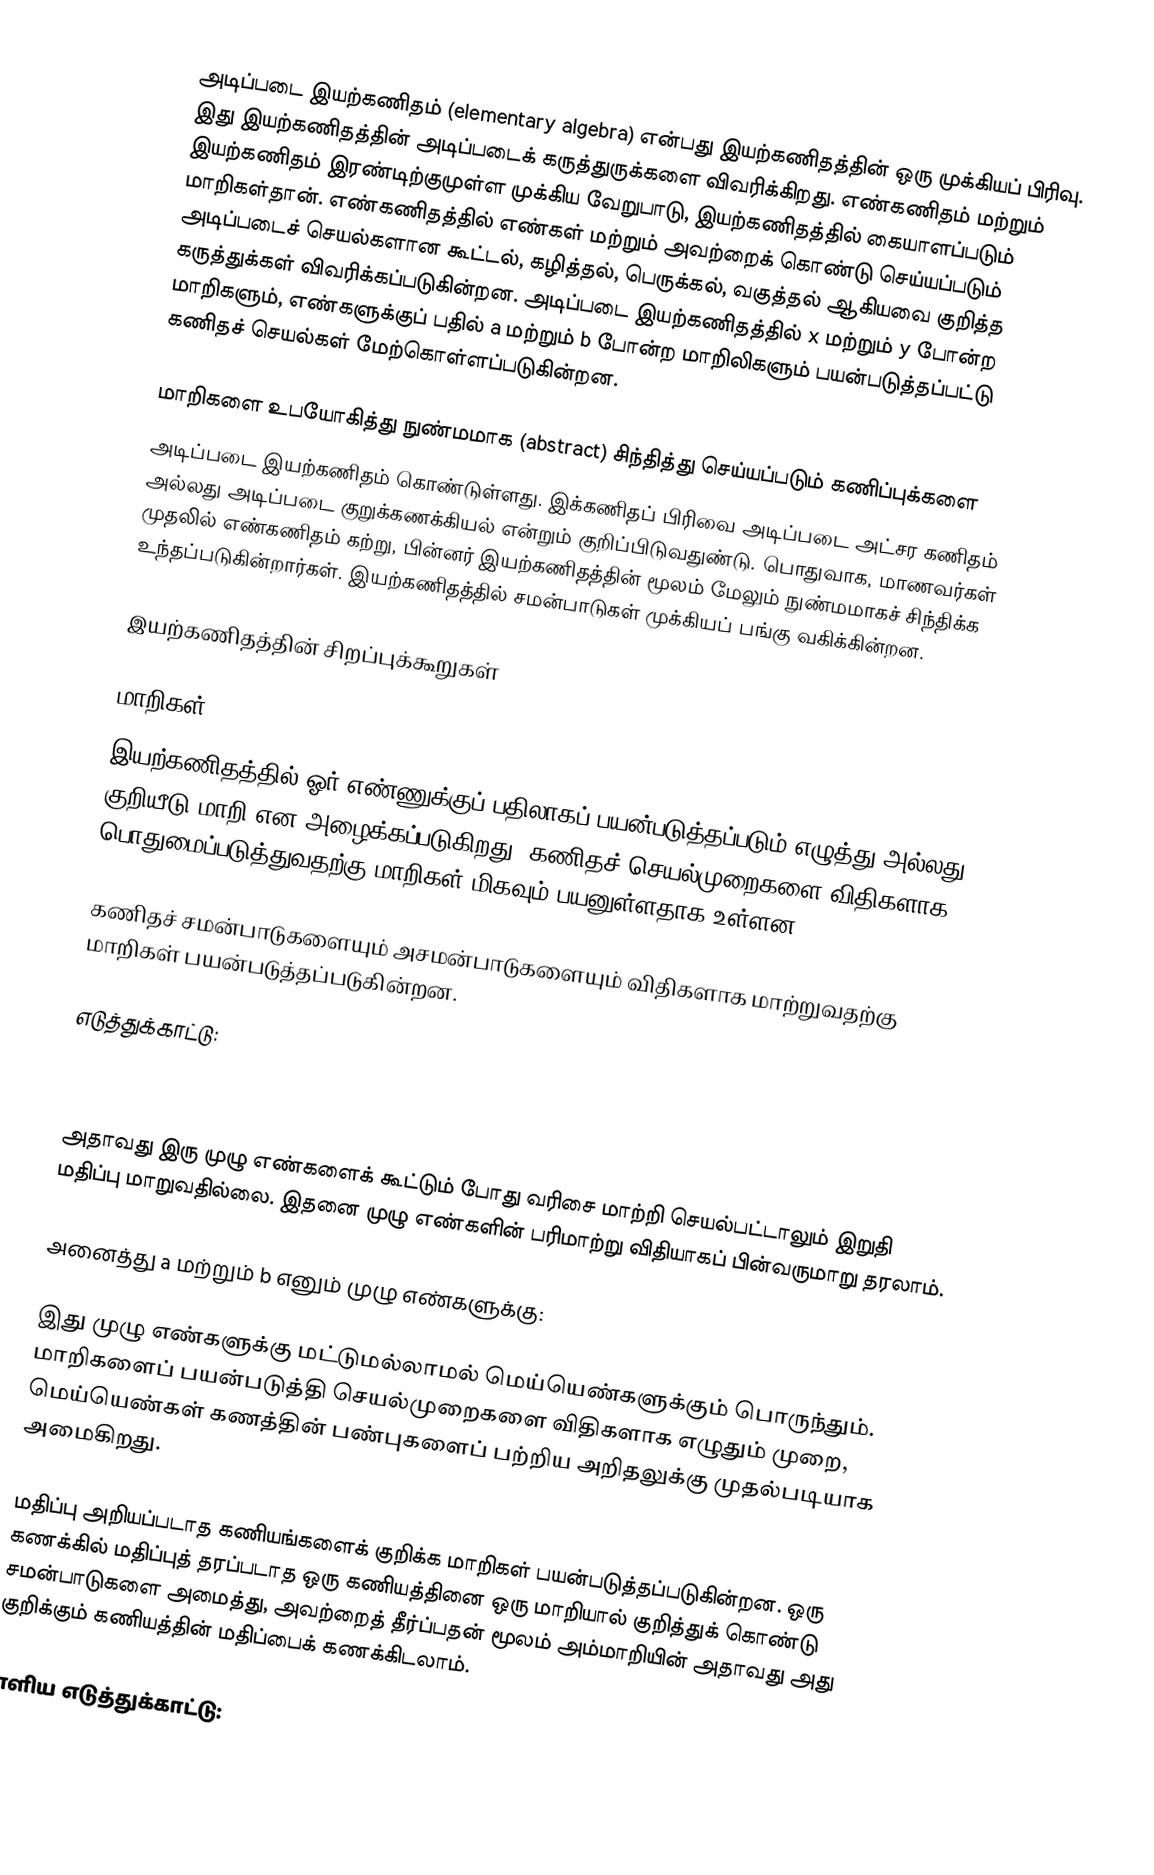
அடிப்படை இயற்கணிதம் (elementary algebra) என்பது இயற்கணிதத்தின் ஒரு முக்கியப் பிரிவு. இது இயற்கணிதத்தின் அடிப்படைக் கருத்துருக்களை விவரிக்கிறது. எண்கணிதம் மற்றும் இயற்கணிதம் இரண்டிற்குமுள்ள முக்கிய வேறுபாடு, இயற்கணிதத்தில் கையாளப்படும் மாறிகள்தான். எண்கணிதத்தில்  எண்கள் மற்றும் அவற்றைக் கொண்டு செய்யப்படும் அடிப்படைச் செயல்களான கூட்டல், கழித்தல், பெருக்கல், வகுத்தல் ஆகியவை குறித்த கருத்துக்கள் விவரிக்கப்படுகின்றன. அடிப்படை இயற்கணிதத்தில்  x மற்றும் y போன்ற மாறிகளும்,  எண்களுக்குப் பதில் a மற்றும் b போன்ற மாறிலிகளும் பயன்படுத்தப்பட்டு கணிதச் செயல்கள் மேற்கொள்ளப்படுகின்றன.

மாறிகளை உபயோகித்து நுண்மமாக (abstract) சிந்தித்து செய்யப்படும் கணிப்புக்களை
அடிப்படை இயற்கணிதம் கொண்டுள்ளது. இக்கணிதப் பிரிவை அடிப்படை அட்சர கணிதம் அல்லது அடிப்படை குறுக்கணக்கியல் என்றும் குறிப்பிடுவதுண்டு. பொதுவாக, மாணவர்கள் முதலில் எண்கணிதம் கற்று, பின்னர் இயற்கணிதத்தின் மூலம் மேலும் நுண்மமாகச் சிந்திக்க உந்தப்படுகின்றார்கள். இயற்கணிதத்தில் சமன்பாடுகள் முக்கியப் பங்கு வகிக்கின்றன.

இயற்கணிதத்தின் சிறப்புக்கூறுகள்

மாறிகள்
இயற்கணிதத்தில் ஓர் எண்ணுக்குப் பதிலாகப் பயன்படுத்தப்படும் எழுத்து அல்லது குறியீடு மாறி என அழைக்கப்படுகிறது. கணிதச் செயல்முறைகளை விதிகளாக பொதுமைப்படுத்துவதற்கு மாறிகள் மிகவும் பயனுள்ளதாக உள்ளன:

 கணிதச் சமன்பாடுகளையும் அசமன்பாடுகளையும் விதிகளாக மாற்றுவதற்கு மாறிகள் பயன்படுத்தப்படுகின்றன.

எடுத்துக்காட்டு:

 ....

அதாவது இரு முழு எண்களைக் கூட்டும் போது வரிசை மாற்றி செயல்பட்டாலும் இறுதி மதிப்பு மாறுவதில்லை. இதனை முழு எண்களின் பரிமாற்று விதியாகப் பின்வருமாறு தரலாம்.

அனைத்து a மற்றும் b எனும் முழு எண்களுக்கு:

இது முழு எண்களுக்கு மட்டுமல்லாமல் மெய்யெண்களுக்கும் பொருந்தும். மாறிகளைப் பயன்படுத்தி செயல்முறைகளை விதிகளாக எழுதும் முறை, மெய்யெண்கள் கணத்தின் பண்புகளைப் பற்றிய அறிதலுக்கு முதல்படியாக அமைகிறது.

 மதிப்பு அறியப்படாத கணியங்களைக் குறிக்க மாறிகள் பயன்படுத்தப்படுகின்றன. ஒரு கணக்கில் மதிப்புத் தரப்படாத ஒரு கணியத்தினை ஒரு மாறியால் குறித்துக் கொண்டு சமன்பாடுகளை அமைத்து, அவற்றைத் தீர்ப்பதன் மூலம் அம்மாறியின் அதாவது அது குறிக்கும் கணியத்தின் மதிப்பைக் கணக்கிடலாம்.

எளிய எடுத்துக்காட்டு: